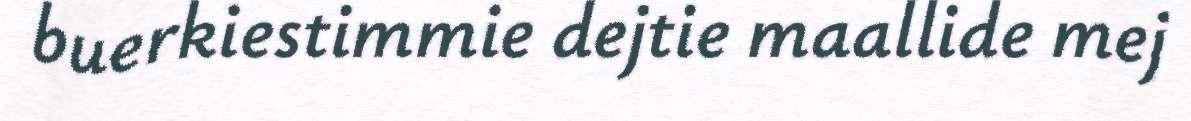
buerkiestimmie dejtie maallide mej